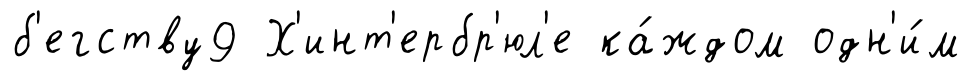
б'егству9 Х'инт'ербр'юл'е ка́ждом одн'и́м